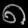
Digit: ၈